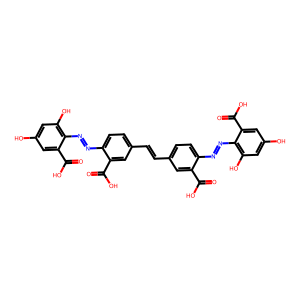
SMILES: O=C(O)c1cc(C=Cc2ccc(N=Nc3c(O)cc(O)cc3C(=O)O)c(C(=O)O)c2)ccc1N=Nc1c(O)cc(O)cc1C(=O)O
Inhibits HIV replication: Yes